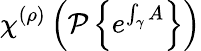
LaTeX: \chi^{(\rho)}\left({\mathcal{P}}\left\{ e^{\int_{\gamma}A}\right\} \right)